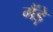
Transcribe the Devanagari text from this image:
गैंड़े